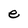
Character: e